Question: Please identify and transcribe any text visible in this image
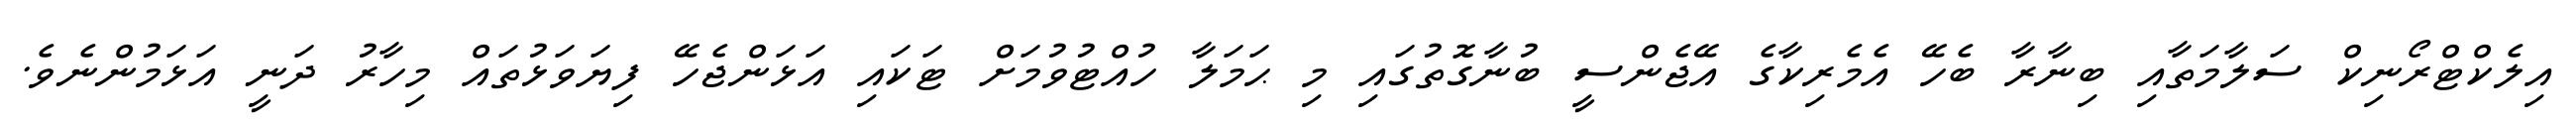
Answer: އިލެކްޓްރޯނިކް ސަލާމަތާއި ބިނާރާ ބެހޭ އެމެރިކާގެ އޭޖެންސީ ބުނާގޮތުގައި މި ޙަމަލާ ހުއްޓުވުމަށް ޓަކައި އަޅަންޖެހޭ ފިޔަވަޅުތައް މިހާރު ދަނީ އަޅަމުންނެވެ.